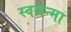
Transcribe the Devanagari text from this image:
स्वजन्मा